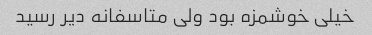
خیلی خوشمزه بود ولی متاسفانه دیر رسید